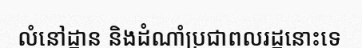
លំនៅដ្ឋាន និងដំណាំប្រជាពលរដ្ឋនោះទេ